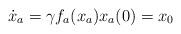
LaTeX: \begin{align*}\dot{x}_a = \gamma f_a(x_a)x_a(0) = x_0\end{align*}